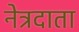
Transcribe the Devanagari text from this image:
नेत्रदाता